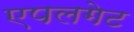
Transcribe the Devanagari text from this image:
एपलगेट